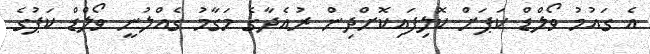
އެ ގައުމު ވޯލްޑް ކަޕަށް ކޮލިފައިކޮށްދިން ރުއެދާގެ މަގާމު ގެއްލުނީ ވޯލްޑް ކަޕުގެ